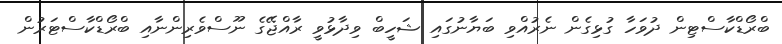
ބްރޯޑްކާސްޓިން ދުވަހާ ގުޅިގެން ނެރުއްވި ބަޔާނުގައި ޝަހީބް ވިދާޅުވީ ރާއްޖޭގެ ނޫސްވެރިންނާއި ބްރޯޑްކާސްޓަރުން